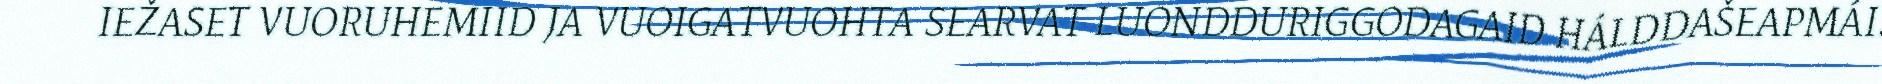
IEŽASET VUORUHEMIID JA VUOIGATVUOHTA SEARVAT LUONDDURIGGODAGAID HÁLDDAŠEAPMÁI.